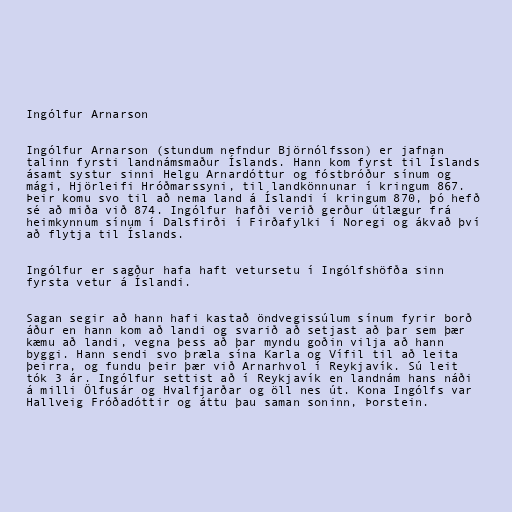
Ingólfur Arnarson

Ingólfur Arnarson (stundum nefndur Björnólfsson) er jafnan
talinn fyrsti landnámsmaður Íslands. Hann kom fyrst til Íslands
ásamt systur sinni Helgu Arnardóttur og fóstbróður sínum og
mági, Hjörleifi Hróðmarssyni, til landkönnunar í kringum 867.
Þeir komu svo til að nema land á Íslandi í kringum 870, þó hefð
sé að miða við 874. Ingólfur hafði verið gerður útlægur frá
heimkynnum sínum í Dalsfirði í Firðafylki í Noregi og ákvað því
að flytja til Íslands.

Ingólfur er sagður hafa haft vetursetu í Ingólfshöfða sinn
fyrsta vetur á Íslandi.

Sagan segir að hann hafi kastað öndvegissúlum sínum fyrir borð
áður en hann kom að landi og svarið að setjast að þar sem þær
kæmu að landi, vegna þess að þar myndu goðin vilja að hann
byggi. Hann sendi svo þræla sína Karla og Vífil til að leita
þeirra, og fundu þeir þær við Arnarhvol í Reykjavík. Sú leit
tók 3 ár. Ingólfur settist að í Reykjavík en landnám hans náði
á milli Ölfusár og Hvalfjarðar og öll nes út. Kona Ingólfs var
Hallveig Fróðadóttir og áttu þau saman soninn, Þorstein.